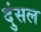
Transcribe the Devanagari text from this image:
दुंसल